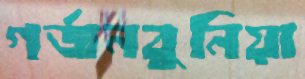
গর্জনবুনিয়া